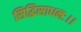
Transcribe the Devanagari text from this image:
सिद्धिसाधनः।।